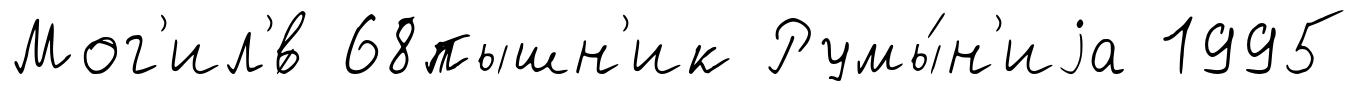
Мог'ил'́в 68пышн'ик Румы́н'иjа 1995